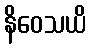
နိဝေသယိ